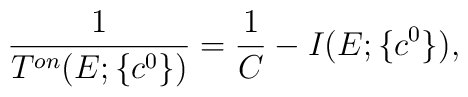
\displaystyle\frac{1}{T^{on}(E;\{c^0\})} = \displaystyle\frac{1}{C}- I(E;\{c^0\}),